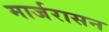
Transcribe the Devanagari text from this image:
मार्जरासन